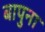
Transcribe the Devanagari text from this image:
बापुना